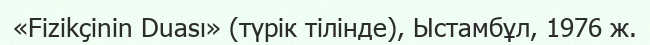
«Fizikçinin Duası» (түрік тілінде), Ыстамбұл, 1976 ж.